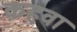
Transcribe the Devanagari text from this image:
क़हवा